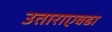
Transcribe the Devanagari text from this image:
उताराएवढा